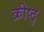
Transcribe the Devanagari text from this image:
क्रीष्टु